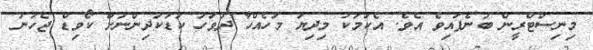
މިނިސްޓްރީން ބުނެފައިވެ އެވެ. އެކަމަކު މިދިޔަ މަހެއްހާ ދުވަހު ކުޑަކުދިންނަށް ކޯވިޑް ޖެހުނު